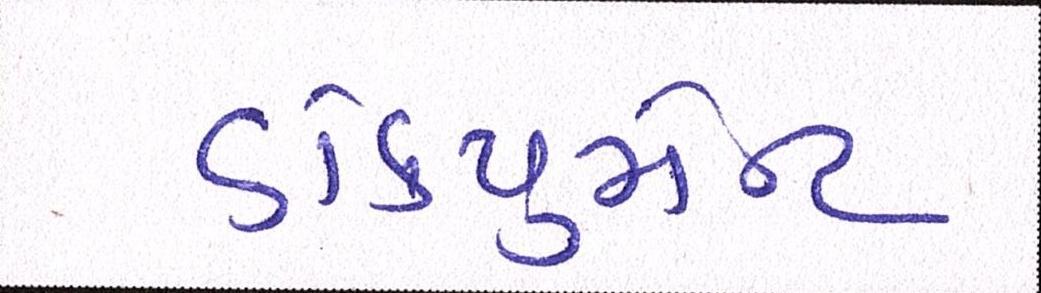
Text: ડોકયુમેન્ટ